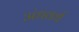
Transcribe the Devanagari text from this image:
अंधवर्ध